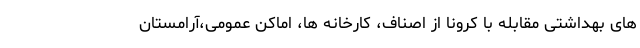
های بهداشتی مقابله با کرونا از اصناف، کارخانه ها، اماکن عمومی،آرامستان